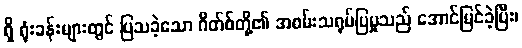
ရှိ ရုံးခန်းများတွင် ပြသခဲ့သော ဂိတ်စ်တို့၏ အစမ်းသရုပ်ပြမှုသည် အောင်မြင်ခဲ့ပြီး၊